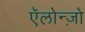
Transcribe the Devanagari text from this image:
ऍलोन्ज़ो